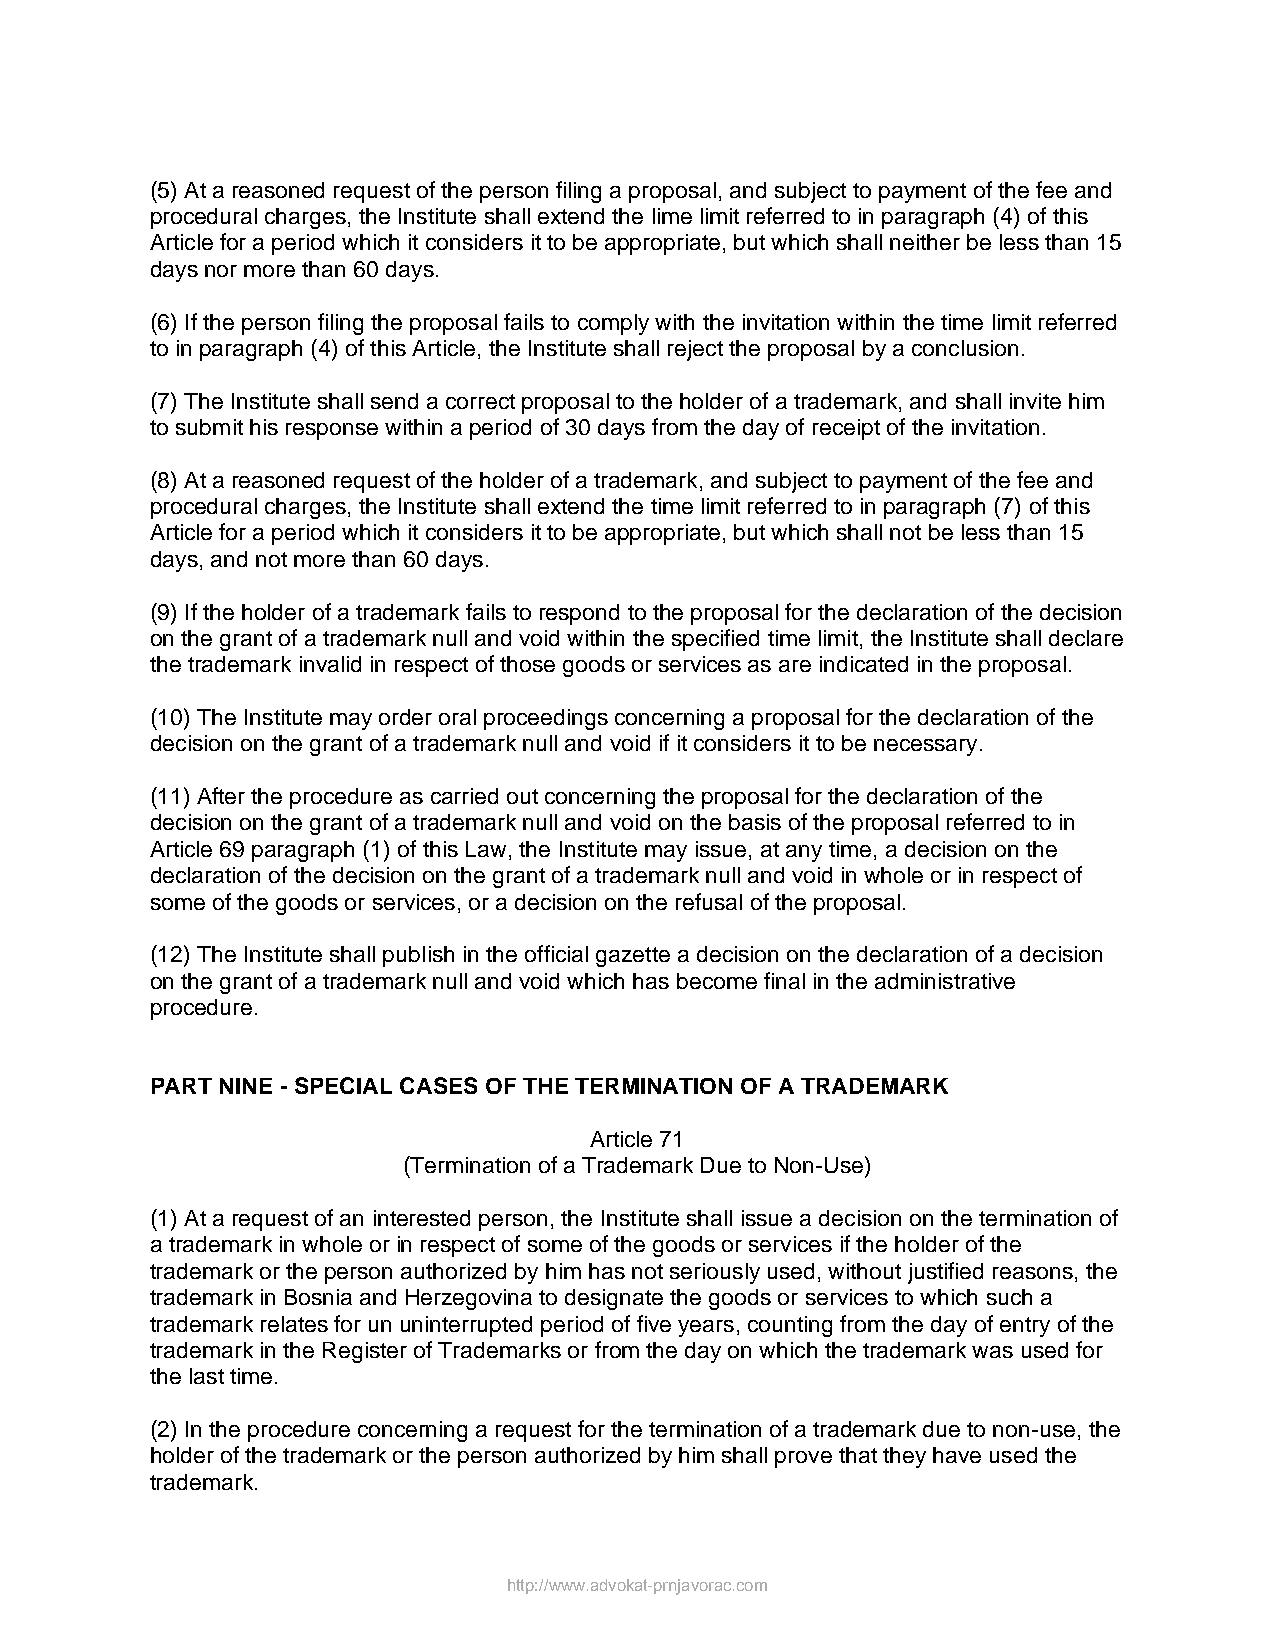
(5) At a reasoned request of the person filing a proposal, and subject to payment of the fee and
 procedural charges, the Institute shall extend the lime limit referred to in paragraph (4) of this
 Article for a period which it considers it to be appropriate, but which shall neither be less than 15
 days nor more than 60 days.
 (6) If the person filing the proposal fails to comply with the invitation within the time limit referred
 to in paragraph (4) of this Article, the Institute shall reject the proposal by a conclusion.
 (7) The Institute shall send a correct proposal to the holder of a trademark, and shall invite him
 to submit his response within a period of 30 days from the day of receipt of the invitation.
 (8) At a reasoned request of the holder of a trademark, and subject to payment of the fee and
 procedural charges, the Institute shall extend the time limit referred to in paragraph (7) of this
 Article for a period which it considers it to be appropriate, but which shall not be less than 15
 days, and not more than 60 days.
 (9) If the holder of a trademark fails to respond to the proposal for the declaration of the decision
 on the grant of a trademark null and void within the specified time limit, the Institute shall declare
 the trademark invalid in respect of those goods or services as are indicated in the proposal.
 (10) The Institute may order oral proceedings concerning a proposal for the declaration of the
 decision on the grant of a trademark null and void if it considers it to be necessary.
 (11) After the procedure as carried out concerning the proposal for the declaration of the
 decision on the grant of a trademark null and void on the basis of the proposal referred to in
 Article 69 paragraph (1) of this Law, the Institute may issue, at any time, a decision on the
 declaration of the decision on the grant of a trademark null and void in whole or in respect of
 some of the goods or services, or a decision on the refusal of the proposal.
 (12) The Institute shall publish in the official gazette a decision on the declaration of a decision
 on the grant of a trademark null and void which has become final in the administrative
 procedure.
 PART NINE - SPECIAL CASES OF THE TERMINATION OF A TRADEMARK
 Article 71
 (Termination of a Trademark Due to Non-Use)
 (1) At a request of an interested person, the Institute shall issue a decision on the termination of
 a trademark in whole or in respect of some of the goods or services if the holder of the
 trademark or the person authorized by him has not seriously used, without justified reasons, the
 trademark in Bosnia and Herzegovina to designate the goods or services to which such a
 trademark relates for un uninterrupted period of five years, counting from the day of entry of the
 trademark in the Register of Trademarks or from the day on which the trademark was used for
 the last time.
 (2) In the procedure concerning a request for the termination of a trademark due to non-use, the
 holder of the trademark or the person authorized by him shall prove that they have used the
 trademark.
 http://www.advokat-prnjavorac.com